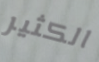
الكثير